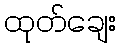
ထုတ်ချေး